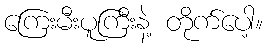
ကြေးမီးပူကြီးနဲ့ တိုက်ပေါ့။